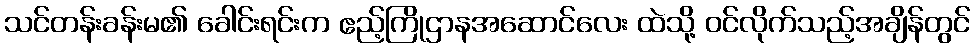
သင်တန်းခန်းမ၏ ခေါင်းရင်းက ဧည့်ကြိုဌာနအဆောင်လေး ထဲသို့ ဝင်လိုက်သည့်အချိန်တွင်